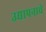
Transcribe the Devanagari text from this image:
उद्यापनाचे